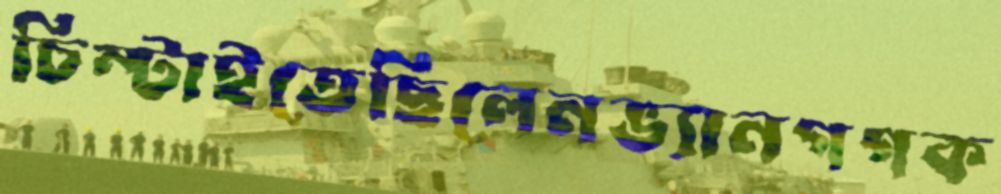
চিম্‌টাইতেছিলেনভ্যানগগক